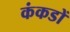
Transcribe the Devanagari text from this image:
कंकडों